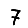
Digit: 7